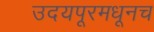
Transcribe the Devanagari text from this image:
उदयपूरमधूनच